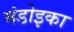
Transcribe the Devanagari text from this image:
मंडोइका